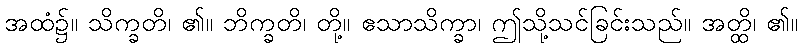
အထံ၌။ သိက္ခတိ၊ ၏။ ဘိက္ခတိ၊ တို့။ ဧသာသိက္ခာ၊ ဤသို့သင်ခြင်းသည်။ အတ္ထိ၊ ၏။